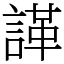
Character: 諽